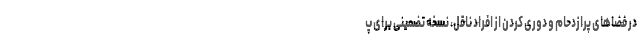
در فضا‌های پرازدحام و دوری کردن از افراد ناقل، نسخه تضمینی برای پ